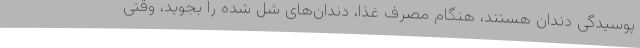
پوسیدگی دندان هستند، هنگام مصرف غذا، دندان‌های شل شده را بجوید، وقتی